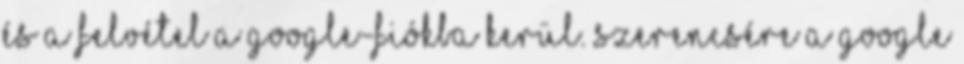
és a felvétel a Google-fiókba kerül. Szerencsére a Google